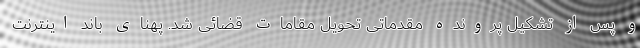
و پس از تشکیل پرونده مقدماتی تحویل مقامات قضائی شد. پهنای باند اینترنت